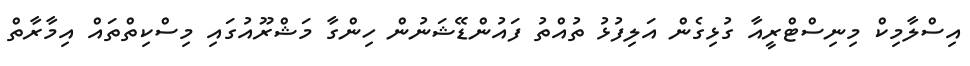
އިސްލާމިކް މިނިސްޓްރީއާ ގުޅިގެން އަލިފުޅު ތުއްތު ފައުންޑޭޝަނުން ހިންގާ މަޝްރޫއުގައި މިސްކިތްތައް އިމާރާތް